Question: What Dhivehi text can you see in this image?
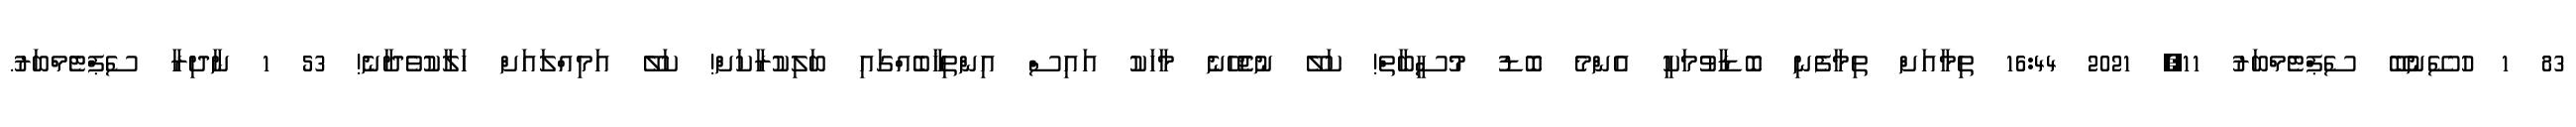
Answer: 83 1 ހުސޭނުބޭ ސެޕްޓެމްބަރު 11, 2021 16:44 ތިމާއަށް ތިމާފެނި ބޮޑާވުމަކީ އެންމެ ބޮޑު މުސީބާތް! ކަލޭ ނުޖެހޭނެ މާހަކު އައިސް އިންތިޚާބެއްގައި ބަލިކުރާކަށް! ކަލޭ އަމިއްލައަށް ހަލާކުވެދާނެ! 53 1 ނާދިރާ ސެޕްޓެމްބަރު.